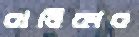
বালিকার